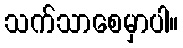
သက်သာစေမှာပါ။